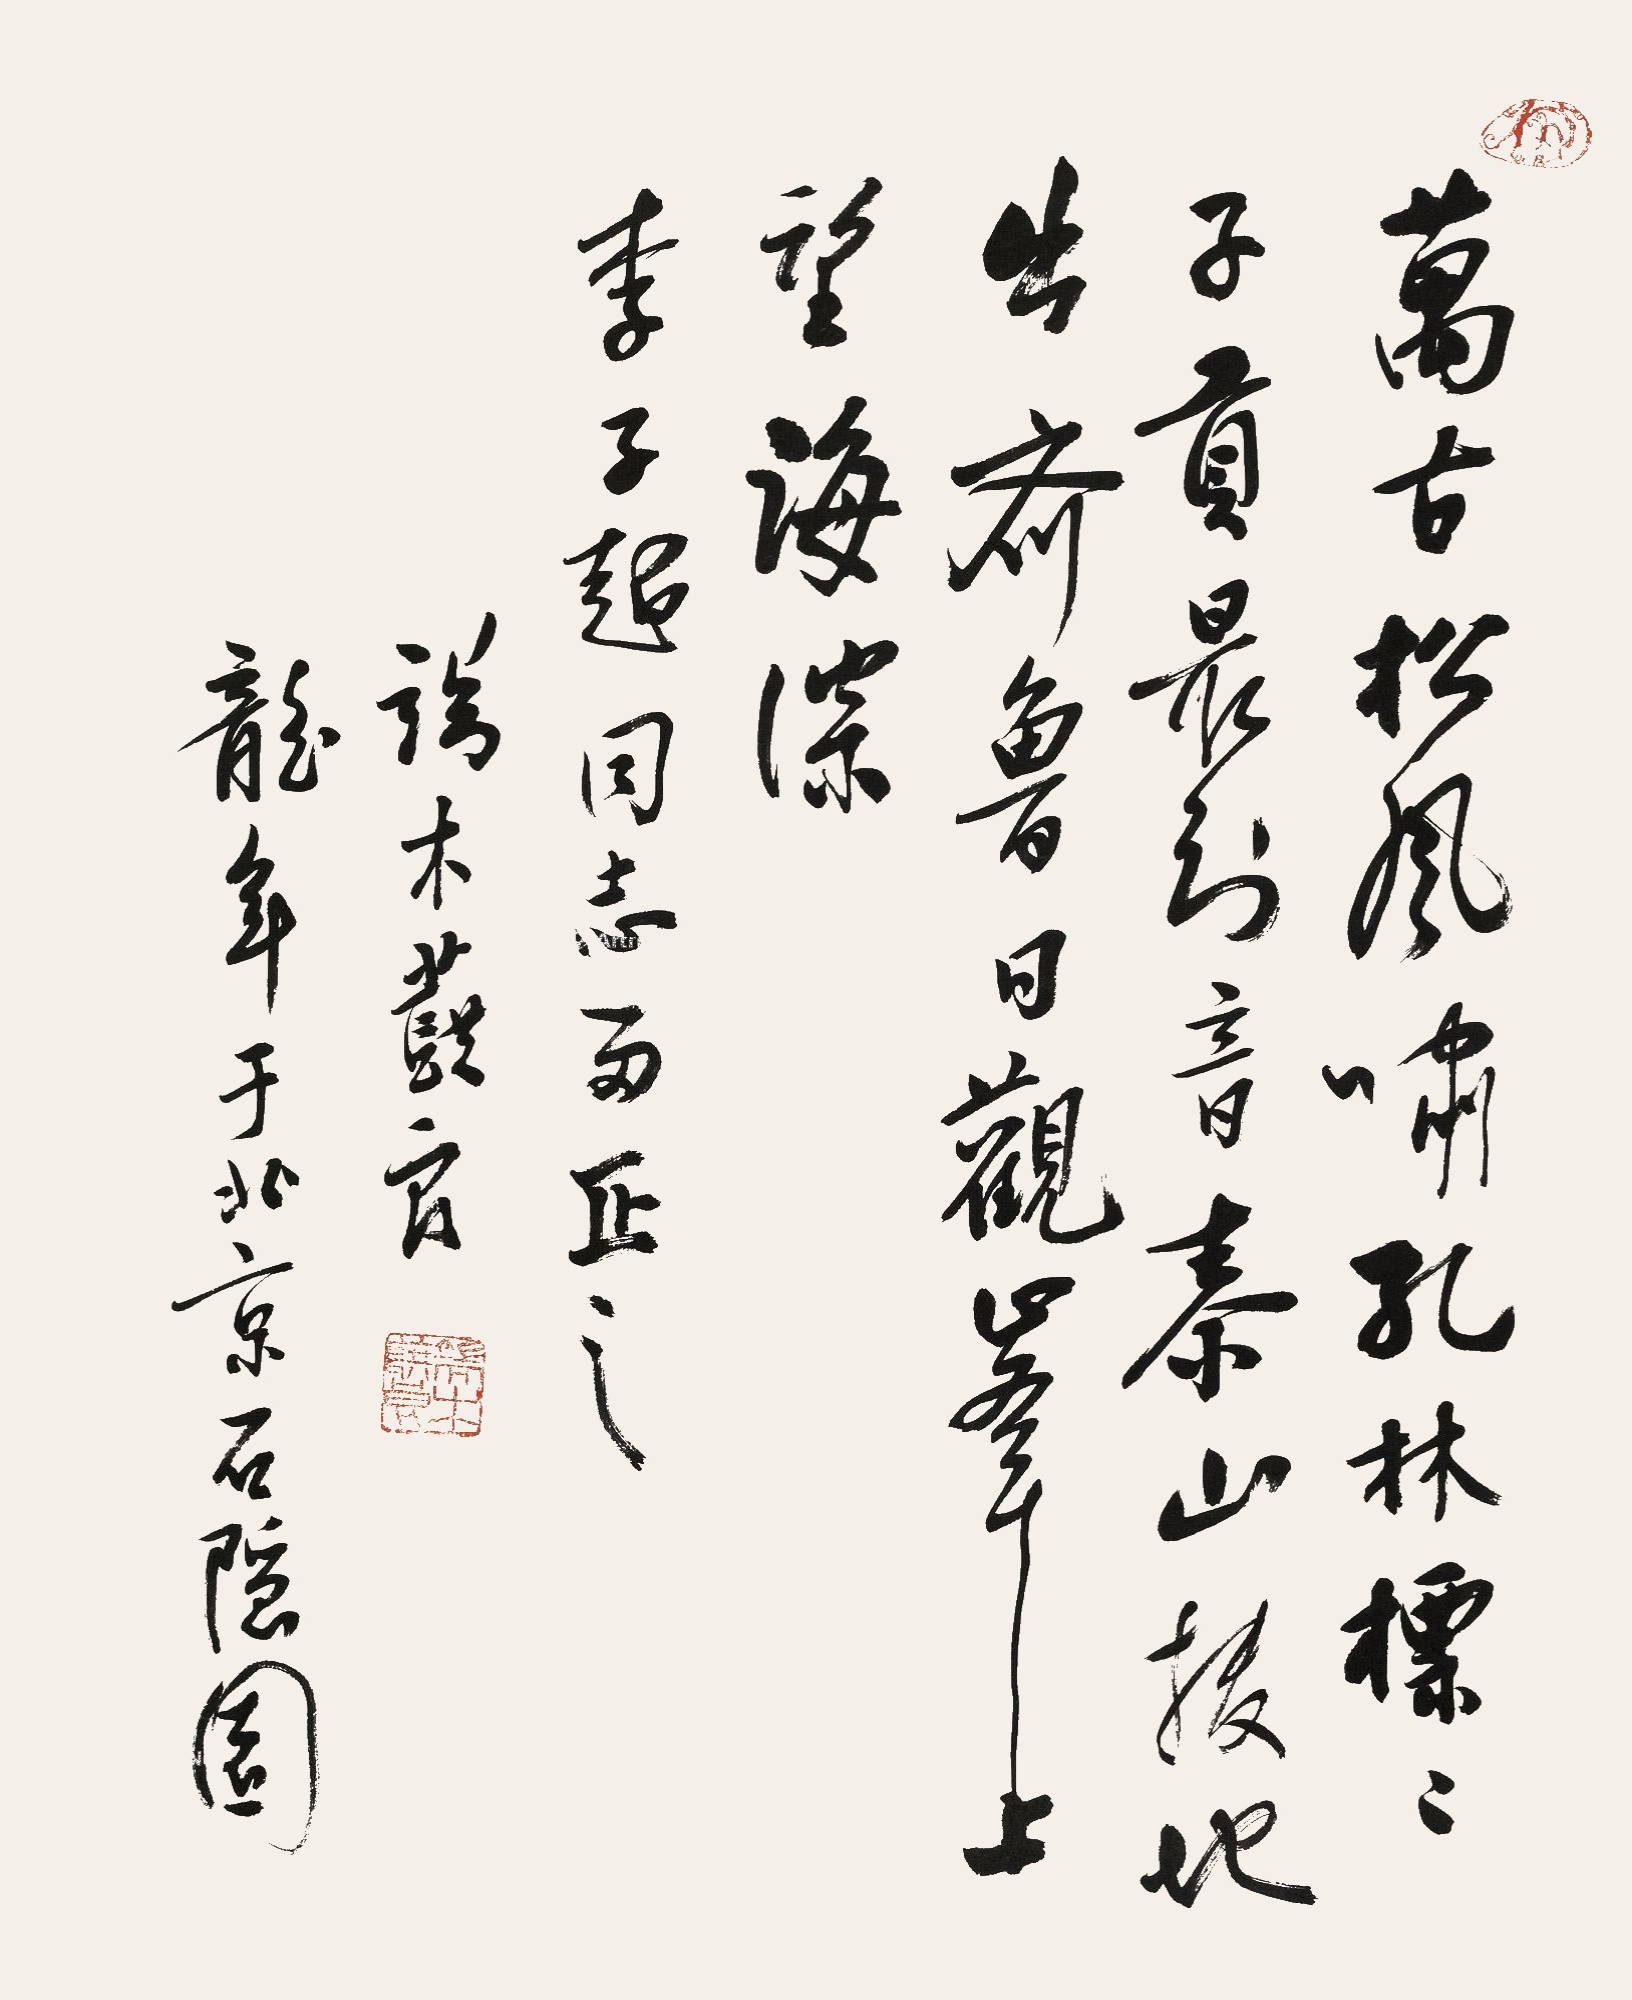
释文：万古松风啸孔林，标标子贡最知音。泰山拔地出齐鲁，日观峰上望海深。李子超同志两正之，龙年于北京石隐园，端木蕻良。